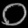
Digit: ၀